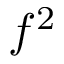
f ^ { 2 }